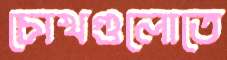
চোখগুলোতে